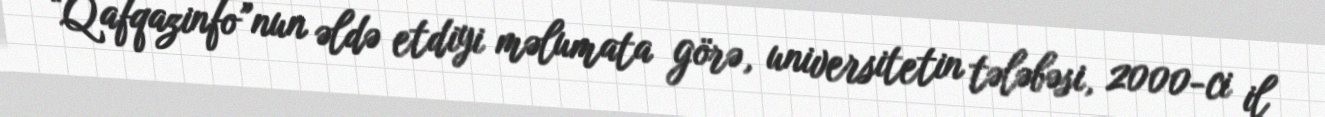
“Qafqazinfo”nun əldə etdiyi məlumata görə, universitetin tələbəsi, 2000-ci il